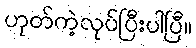
ဟုတ်ကဲ့လုပ်ပြီးပါပြီ။